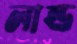
লান্ড